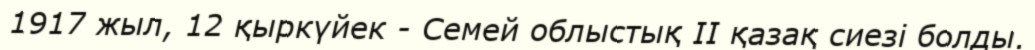
1917 жыл, 12 қыркүйек - Семей облыстық II қазақ сиезі болды.